Civil Veterinary Department Bihar & Orissa reports 1911-21 - 1911-1921
Year: 1911
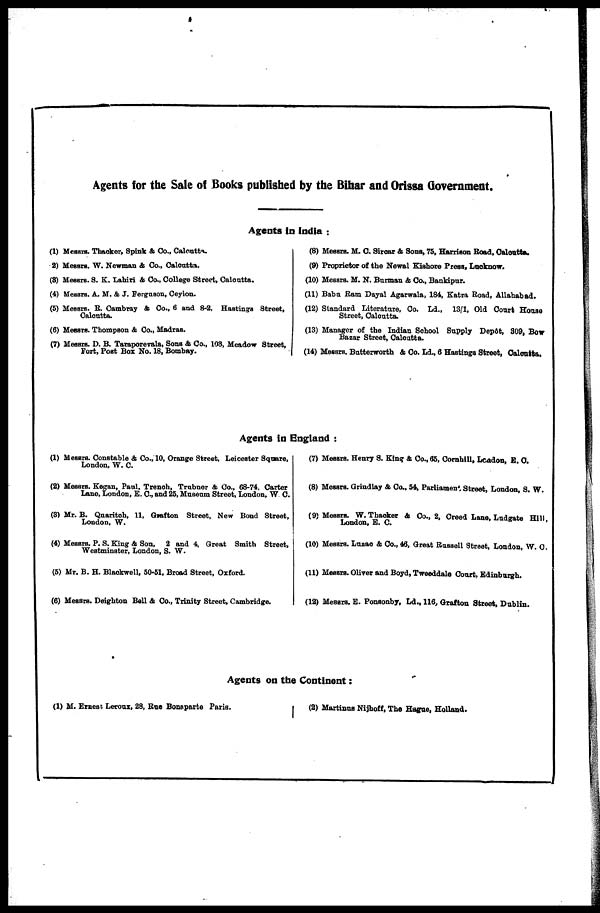
Agents for the Sale of Books published by the Bihar and Orissa Government.
Agents in India :
(1) Messrs. Thacker, Spink ft Co., Calcutta
2) Messrs. W. Newman & Co., Calcutta.
(3) Messrs. S. K. Lahiri & Co., College Street, Calcutta.
(4) Messrs. A. M. & J. Ferguson, Ceylon.
(5) Messrs. E. Cambray & Co., 6 and 8-2, Hastings Street,
Calcutta.
(6) Messrs. Thompson & Co., Madras.
(7) Messrs. D. B. Taraporevala, Sons ft Co., 103, Meadow Street,
Fort, Post Box No. 18, Bombay.
(8) Messrs. M. C. Sircar & Sons, 75, Harrison Road, Calcutta.
(9) Proprietor of the Newal Kishore Press, Lucknow.
(10) Messrs. M. N. Barman & Co., Bankipur.
(11) Babu Ram Dayal Agarwala, 184, Katra Road, Allahabad.
(12) Standard Literature, Co. Ld., 13/1, Old Court House
Street, Calcutta.
(13) Manager of the Indian School Supply Depôt, 309, Bow
Bazar Street, Calcutta.
(14) Messrs. Butterworth & Co. Ld., 6 Hastings Street, Calcutta.
Agents in England :
(1) Messrs. Constable & Co., 10, Orange Street, Leicester Square,
London, W. C.
(2) Messrs. Kegan, Paul. Trench, Trubner A Co., 68-74, Carter
Lane, London, E. C, and 25, Museum Street, London, W C.
(3) Mr. B. Quaritch, 11, Gæfton Street, New Bond Street,
London, W.
(4) Messrs. P. S. King ft Son, 2 and 4, Great Smith Street,
Westminster, London, S. W.
(5) Mr. B. H. Blackwell, 50-51, Broad Street, Oxford.
(6) Messrs. Deighton Bell & Co., Trinity Street, Cambridge.
(7) Messrs. Henry S. King ft Co., 65, Cornhill, Lcadon, E. C.
(8) Messrs. Grindlay & Co., 54, Parliament Street, London, S. W.
(9) Messrs. W. Thacker ft Co., 2, Creed Lane, Ludgate Hill
London, E. C.
(10) Messrs. Lusac & Co., 46, Great Rassell Street, London, W. C.
(11) Messrs. Oliver and Boyd, Tweeddale Court. Edinburgh.
(12) Messrs. E. Poneonby, Ld., 116, Grafton Street, Dublin.
Agents on the Continent :
(1) M. Ernest Leroux, 28, Rue Bonaparte Paris.
(2) Martinus Nijhoff, The Hague, Holland.